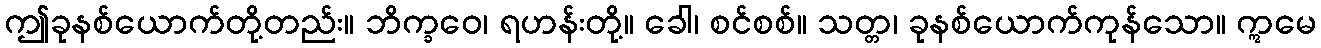
ဤခုနစ်ယောက်တို့တည်း။ ဘိက္ခဝေ၊ ရဟန်းတို့။ ခေါ၊ စင်စစ်။ သတ္တ၊ ခုနစ်ယောက်ကုန်သော။ ဣမေ